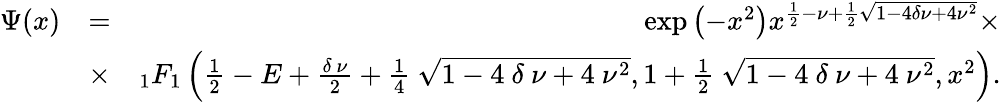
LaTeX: \begin{array}{rlr}{\Psi(x)}&{=}&{\exp\left(-x^{2}\right)x^{\frac{1}{2}-\nu+\frac{1}{2}\sqrt{1-4\delta\nu+4\nu^{2}}}\times}\\ &{\times}&{_{1}F_{1}\left(\frac{1}{2}-E+\frac{\delta~\nu}{2}+\frac{1}{4}~\sqrt{1-4~\delta~\nu+4~\nu^{2}},1+\frac{1}{2}~\sqrt{1-4~\delta~\nu+4~\nu^{2}},x^{2}\right).}\end{array}